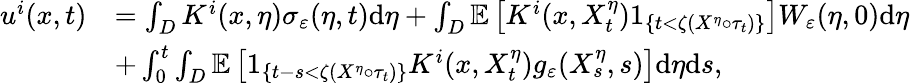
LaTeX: \begin{array}{rl}{u^{i}(x,t)}&{=\int_{D}K^{i}(x,\eta)\sigma_{\varepsilon}(\eta,t)\textrm{d}\eta+\int_{D}\mathbb{E}\left[K^{i}(x,X_{t}^{\eta})1_{\left\{ t<\zeta(X^{\eta}\circ\tau_{t})\right\} }\right]W_{\varepsilon}(\eta,0)\textrm{d}\eta}\\ &{+\int_{0}^{t}\int_{D}\mathbb{E}\left[1_{\{ t-s<\zeta(X^{\eta}\circ\tau_{t})\} }K^{i}(x,X_{t}^{\eta})g_{\varepsilon}(X_{s}^{\eta},s)\right]\textrm{d}\eta\textrm{d}s,}\end{array}